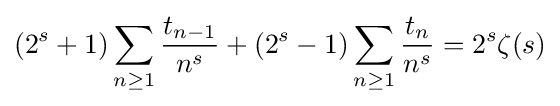
(2^{s}+1)\sum _{n\geq 1}{\frac {t_{n-1}}{n^{s}}}+(2^{s}-1)\sum _{n\geq 1}{\frac {t_{n}}{n^{s}}}=2^{s}\zeta (s)